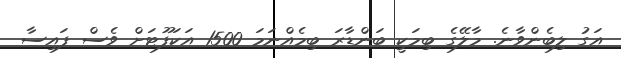
އަގު ލިބެންވާނެ. މާލޭގެ ބިމަކީ ބަންޑާރަ ބިމެއްނަމަ 1500 އަކަފޫޓަށް ވެސް ފައިސާ